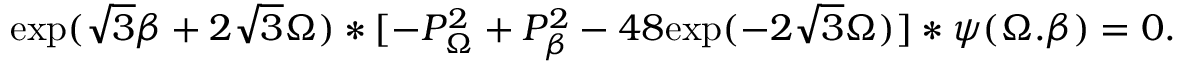
\mathrm { e x p } ( \sqrt { 3 } \beta + 2 \sqrt { 3 } \Omega ) * [ - P _ { \Omega } ^ { 2 } + P _ { \beta } ^ { 2 } - 4 8 \mathrm { e x p } ( - 2 \sqrt { 3 } \Omega ) ] * \psi ( \Omega . \beta ) = 0 .